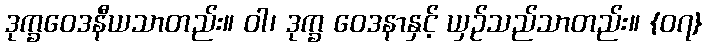
ဒုက္ခဝေဒနီယသာတည်း။ ဝါ၊ ဒုက္ခ ဝေဒနာနှင့် ယှဉ်သည်သာတည်း။ {၀၇}